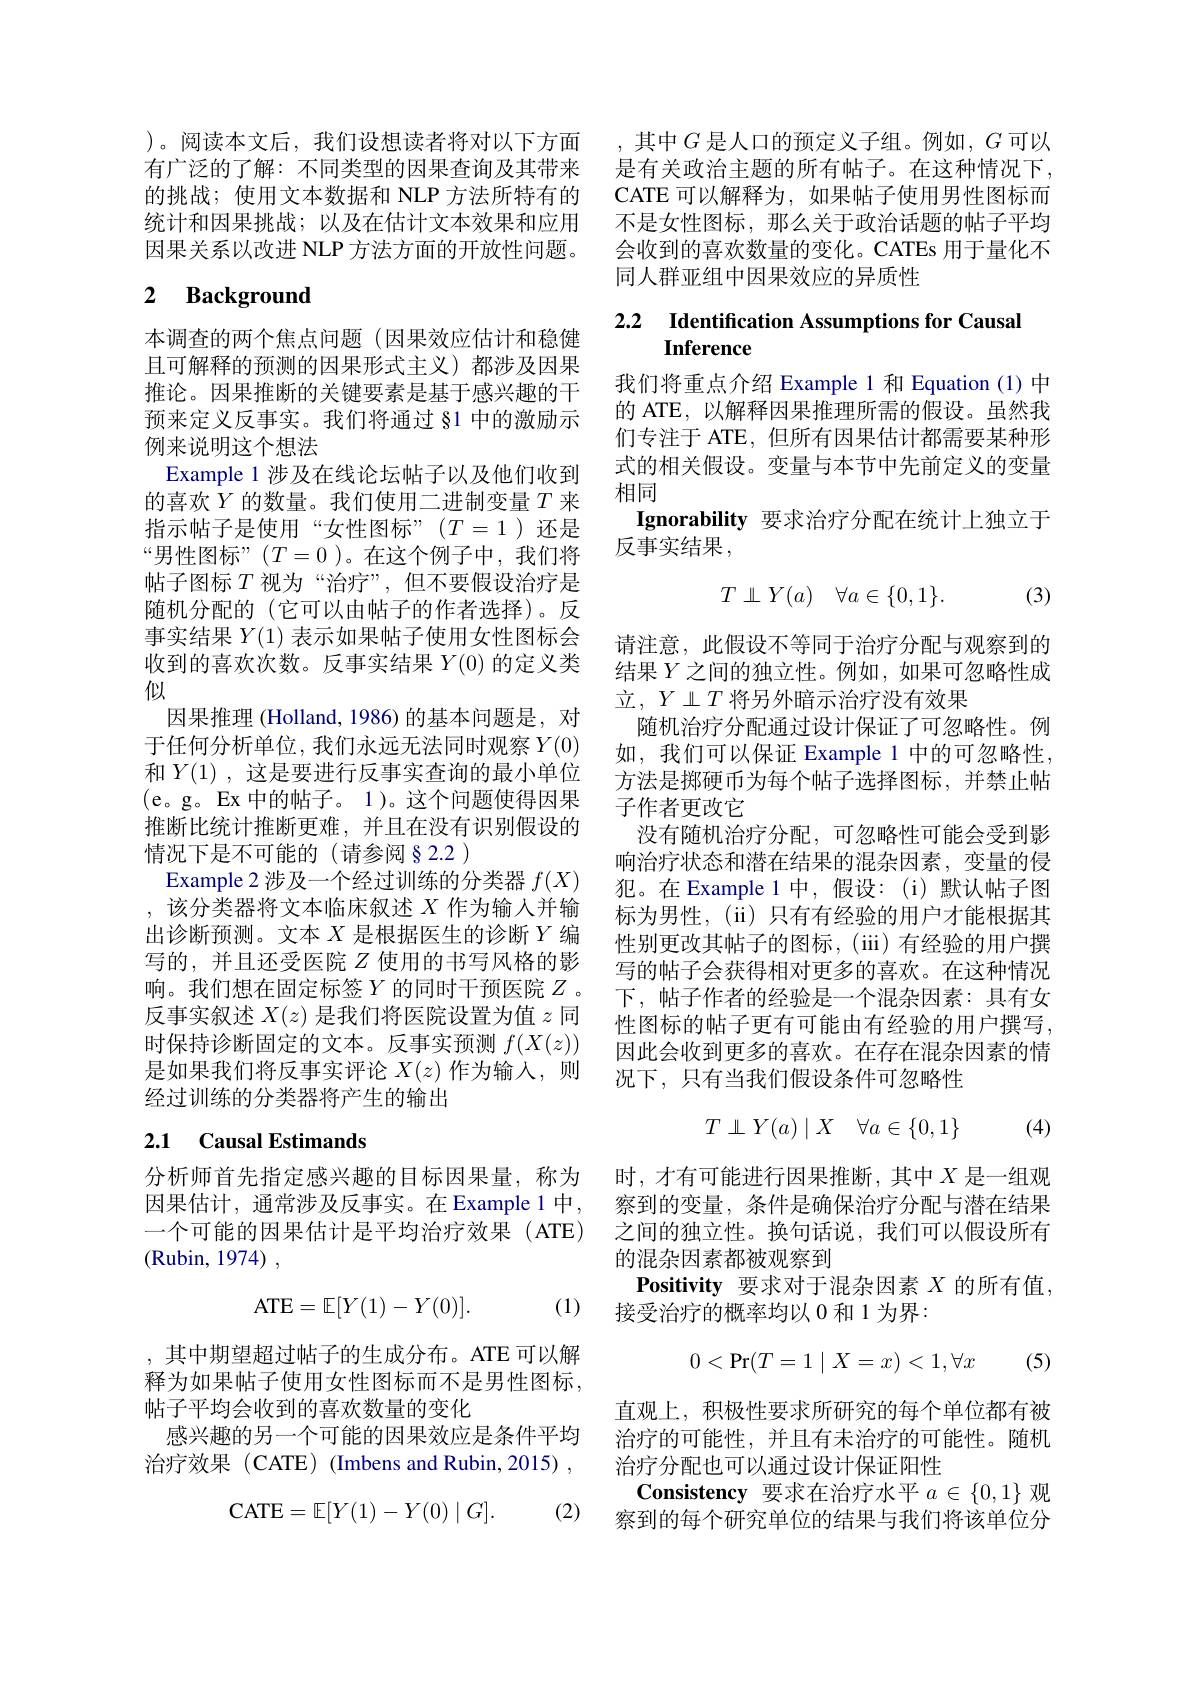
)。阅读本文后，我们设想读者将对以下方面有广泛的了解：不同类型的因果查询及其带来的挑战；使用文本数据和 NLP 方法所特有的统计和因果挑战；以及在估计文本效果和应用因果关系以改进 NLP 方法方面的开放性问题。

# 2 Background

本调查的两个焦点问题(因果效应估计和稳健且可解释的预测的因果形式主义)都涉及因果推论。因果推断的关键要素是基于感兴趣的干预来定义反事实。我们将通过§1 中的激励示例来说明这个想法
Example 1 涉及在线论坛帖子以及他们收到的喜欢$Y$的数量。我们使用二进制变量$T$来指示帖子是使用“女性图标”($T=1$)还是“男性图标”($T=0$)。在这个例子中，我们将帖子图标$T$视为“治疗”,但不要假设治疗是随机分配的(它可以由帖子的作者选择)。反事实结果$Y(1)$表示如果帖子使用女性图标会收到的喜欢次数。反事实结果$Y(0)$的定义类似
因果推理 (Holland, 1986) 的基本问题是，对于任何分析单位，我们永远无法同时观察$Y(0)$ 和$Y(1)$,这是要进行反事实查询的最小单位(e。g。Ex中的帖子。1)。这个问题使得因果推断比统计推断更难，并且在没有识别假设的情况下是不可能的(请参阅§2.2)
Example 2 涉及一个经过训练的分类器$f(X)$ ,该分类器将文本临床叙述$X$作为输入并输出诊断预测。文本$X$是根据医生的诊断$Y$编写的，并且还受医院$Z$ 使用的书写风格的影响。我们想在固定标签$Y$ 的同时干预医院 $Z$ 。反事实叙述$X(z)$是我们将医院设置为值$z$同时保持诊断固定的文本。反事实预测$f(X(z))$ 是如果我们将反事实评论$X(z)$作为输入，则经过训练的分类器将产生的输出
2.1 Causal Estimands

分析师首先指定感兴趣的目标因果量，称为因果估计，通常涉及反事实。在Example 1中， 一个可能的因果估计是平均治疗效果(ATE) (Rubin, 1974) ,
$$\mathrm A\mathrm T\mathrm E=\mathbb E[Y(1)-Y(0)].$$
(1)

,其中期望超过帖子的生成分布。ATE 可以解释为如果帖子使用女性图标而不是男性图标， 帖子平均会收到的喜欢数量的变化
感兴趣的另一个可能的因果效应是条件平均治疗效果(CATE)(Imbens and Rubin,2015),

(2)
$$\mathrm C\mathrm A\mathrm T\mathrm E=\mathbb E[Y(1)-Y(0)\mid G].$$
,其中$G$ 是人口的预定义子组。例如，$G$可以是有关政治主题的所有帖子。在这种情况下， CATE 可以解释为，如果帖子使用男性图标而不是女性图标，那么关于政治话题的帖子平均会收到的喜欢数量的变化。CATEs 用于量化不同人群亚组中因果效应的异质性

# 2.2 Identification Assumptions for Causal Inference

我们将重点介绍 Example 1 和 Equation (1) 中的 ATE, 以解释因果推理所需的假设。虽然我们专注于 ATE, 但所有因果估计都需要某种形式的相关假设。变量与本节中先前定义的变量相同
Ignorability 要求治疗分配在统计上独立于
反事实结果，

(3)
$$T\perp Y(a)\quad\forall a\in\{0,1\}.$$
请注意，此假设不等同于治疗分配与观察到的结果$Y$之间的独立性。例如，如果可忽略性成
随机治疗分配通过设计保证了可忽略性。例如，我们可以保证 Example 1 中的可忽略性， 方法是掷硬币为每个帖子选择图标，并禁止帖子作者更改它
没有随机治疗分配，可忽略性可能会受到影响治疗状态和潜在结果的混杂因素，变量的侵犯。在 Example 1 中，假设：(i)默认帖子图标为男性，(ii)只有有经验的用户才能根据其性别更改其帖子的图标，(iii)有经验的用户撰写的帖子会获得相对更多的喜欢。在这种情况下，帖子作者的经验是一个混杂因素：具有女性图标的帖子更有可能由有经验的用户撰写， 因此会收到更多的喜欢。在存在混杂因素的情况下，只有当我们假设条件可忽略性
$$T\perp Y(a)\mid X\quad\forall a\in\{0,1\}$$
(4)

时，才有可能进行因果推断，其中$X$ 是一组观察到的变量，条件是确保治疗分配与潜在结果之间的独立性。换句话说，我们可以假设所有的混杂因素都被观察到
Positivity 要求对于混杂因素$X$的所有值，
接受治疗的概率均以 0 和 1 为界：
$$0<\Pr(T=1\mid X=x)<1,\forall x$$
(5)

直观上，积极性要求所研究的每个单位都有被治疗的可能性，并且有未治疗的可能性。随机治疗分配也可以通过设计保证阳性
Consistency 要求在治疗水平$a\in\{0,1\}$观察到的每个研究单位的结果与我们将该单位分